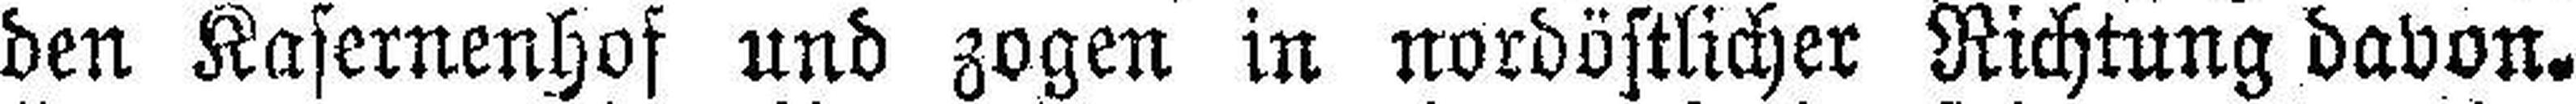
den Kasernenhof und zogen in nordöstlicher Richtung davon.